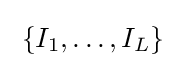
\;\{I_{1},\ldots ,I_{L}\}